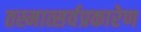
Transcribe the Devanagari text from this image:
तस्मात्सर्वप्रकारेण